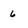
Character: 6